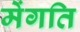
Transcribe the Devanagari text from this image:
मेंगति